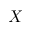
X